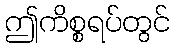
ဤကိစ္စရပ်တွင်